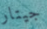
جيتار